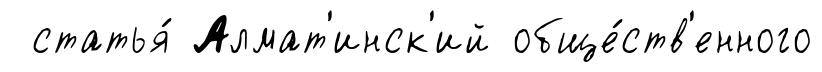
статья́ Алмат'инск'ий обще́ств'енного